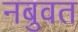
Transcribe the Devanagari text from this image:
नबुवत